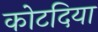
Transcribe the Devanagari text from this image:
कोटदिया